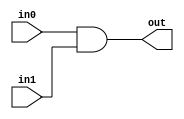
module And(in0, in1, out);
input in0, in1;
output out;
wire temp;

nand nd(temp, in0, in1);
assign out = ~temp;

endmodule